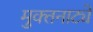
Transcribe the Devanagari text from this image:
मुक्‍तनाट्ये